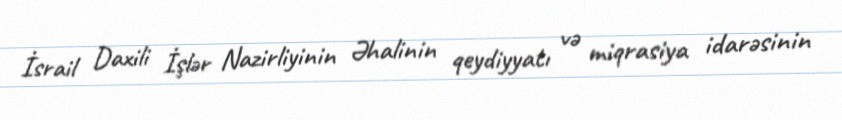
İsrail Daxili İşlər Nazirliyinin Əhalinin qeydiyyatı və miqrasiya idarəsinin